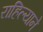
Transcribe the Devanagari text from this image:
राहिल्‍याने